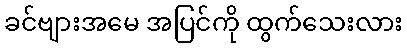
ခင်ဗျားအမေ အပြင်ကို ထွက်သေးလား